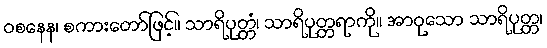
ဝစနေန၊ စကားတော်ဖြင့်။ သာရိပုတ္တံ၊ သာရိပုတ္တရာကို။ အာဝုသော သာရိပုတ္တ၊